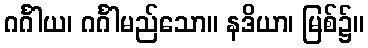
ဂင်္ဂါယ၊ ဂင်္ဂါမည်သော။ နဒိယာ၊ မြစ်၌။